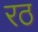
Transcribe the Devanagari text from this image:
रठ